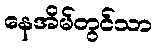
နေအိမ်တွင်သာ